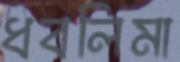
ধবলিমা